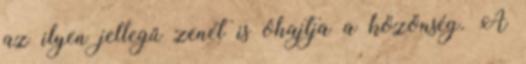
az ilyen jellegű zenét is óhajtja a közönség. A